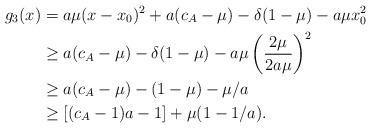
LaTeX: \begin{align*}g_3(x) &= a\mu (x - x_0)^2 + a(c_A - \mu) -\delta(1 - \mu) - a\mu x_0^2 \\&\geq a(c_A - \mu) -\delta(1 - \mu) - a\mu \left(\frac{2\mu}{2 a\mu }\right)^2 \\&\geq a(c_A - \mu) -(1 - \mu) - \mu/a \\&\geq \left[(c_A - 1)a - 1\right] + \mu (1 - 1/a).\end{align*}